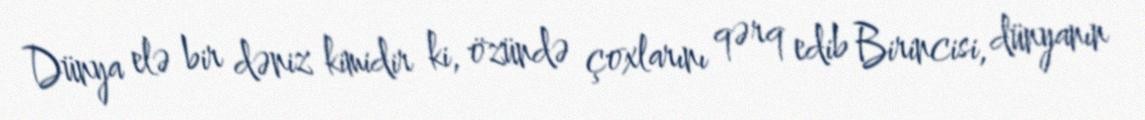
Dünya elə bir dəniz kimidir ki, özündə çoxlarını qərq edib Birincisi, dünyanın